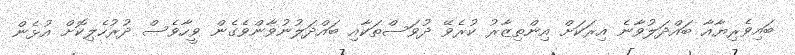
ބައިވެރިޔާއާ ބައްދަލުވާނެ އިރަކަށް އިންތިޒާރު ކުރެވޭ ދުވަސްތަކާއި ބައްދަލުނުވާންވެގެން ވީހާވެސް ދުރުހެލިކޮށް އުޅެން